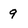
Character: q